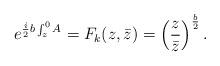
LaTeX: \begin{align*}e^{{i\over2}b\int_z^0A}=F_k(z,\bar z)=\left({z\over\bar z}\right)^{b\over2}.\end{align*}